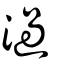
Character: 濄